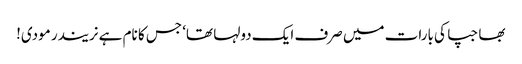
بھاجپا کی بارات میں صرف ایک دولہا تھا‘ جس کا نام ہے نریندر مودی!